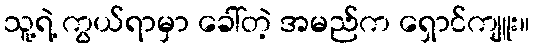
သူ့ရဲ့ ကွယ်ရာမှာ ခေါ်တဲ့ အမည်က ရှောင်ကျူး။